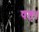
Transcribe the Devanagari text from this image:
षष्ट।